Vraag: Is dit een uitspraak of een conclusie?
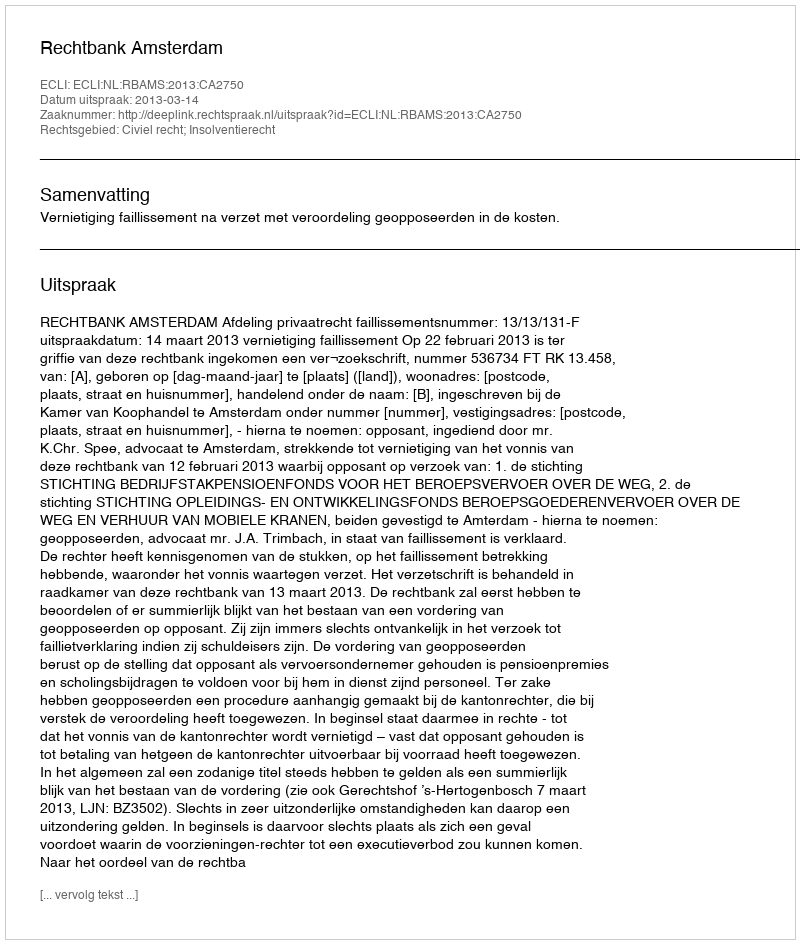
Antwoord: Uitspraak